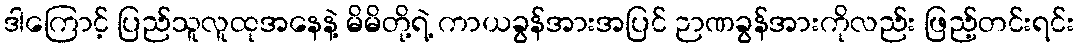
ဒါကြောင့် ပြည်သူလူထုအနေနဲ့ မိမိတို့ရဲ့ ကာယခွန်အားအပြင် ဉာဏခွန်အားကိုလည်း ဖြည့်တင်းရင်း